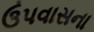
ઉપવાસના